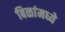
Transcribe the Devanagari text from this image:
बिळांमध्ये